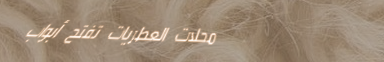
محلات العطريات تفتح أبواب